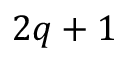
2 q + 1